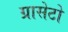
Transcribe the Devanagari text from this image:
ग्रासेटो